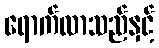
ရောက်လာသည်နှင့်